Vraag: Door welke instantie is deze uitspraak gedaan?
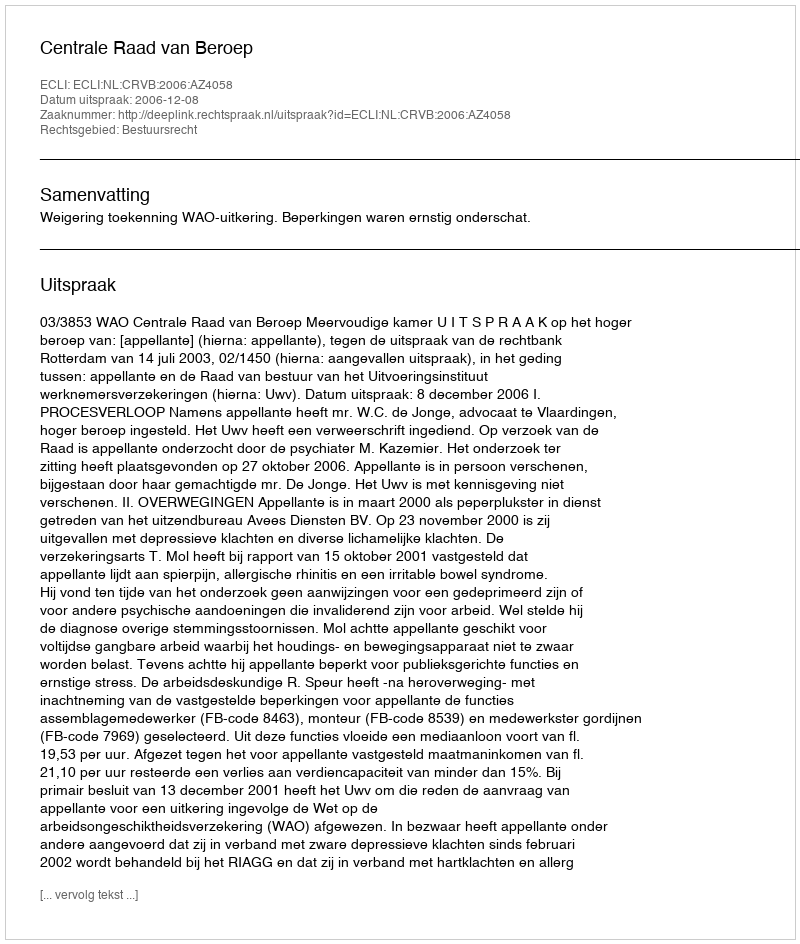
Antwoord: Centrale Raad van Beroep